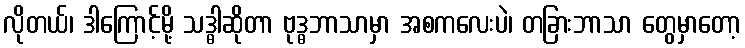
လိုတယ်၊ ဒါကြောင့်မို့ သဒ္ဓါဆိုတာ ဗုဒ္ဓဘာသာမှာ အစကလေးပဲ၊ တခြားဘာသာ တွေမှာတော့